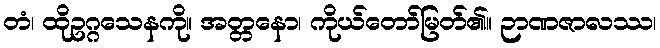
တံ၊ ထိုဥဂ္ဂသေနကို။ အတ္တနော၊ ကိုယ်တော်မြတ်၏။ ဉာဏဇာလဿ၊